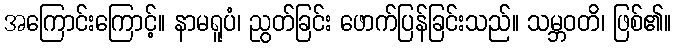
အကြောင်းကြောင့်။ နာမရူပံ၊ ညွတ်ခြင်း ဖောက်ပြန်ခြင်းသည်။ သမ္ဘဝတိ၊ ဖြစ်၏။